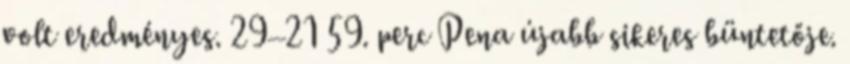
volt eredményes. 29–21 59. perc Pena újabb sikeres büntetője.